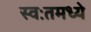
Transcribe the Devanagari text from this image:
स्वःतमध्ये